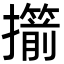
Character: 擶